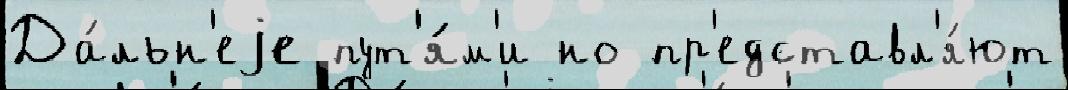
Да́льн'еjе пут'я́м'и но пр'едставл'я́ют